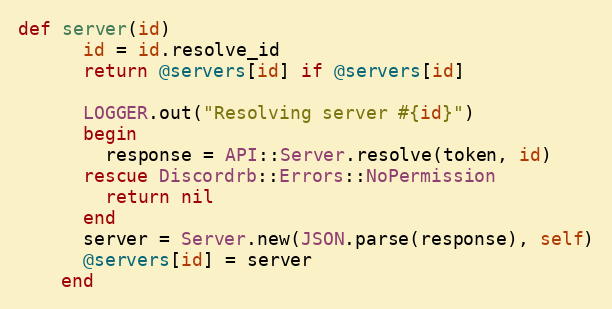
Language: Ruby
def server(id)
      id = id.resolve_id
      return @servers[id] if @servers[id]

      LOGGER.out("Resolving server #{id}")
      begin
        response = API::Server.resolve(token, id)
      rescue Discordrb::Errors::NoPermission
        return nil
      end
      server = Server.new(JSON.parse(response), self)
      @servers[id] = server
    end